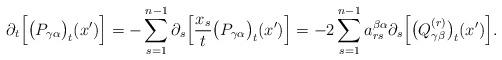
LaTeX: \begin{align*}\partial_t\Big[\big(P_{\gamma\alpha}\big)_t(x')\Big]=-\sum_{s=1}^{n-1}\partial_s\Big[\frac{x_s}{t}\big(P_{\gamma\alpha}\big)_t(x')\Big]=-2\sum\limits_{s=1}^{n-1}a^{\beta\alpha}_{rs}\partial_s\Big[\big(Q^{(r)}_{\gamma\beta}\big)_t(x')\Big].\end{align*}